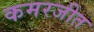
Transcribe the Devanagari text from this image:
कमरजीत